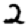
Digit: 2